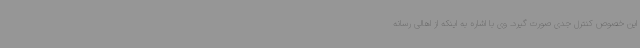
این خصوص کنترل جدی صورت گیرد. وی با اشاره به اینکه از اهالی رسانه